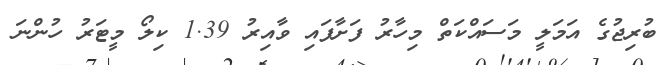
ބުރިޖުގެ އަމަލީ މަސައްކަތް މިހާރު ފަށާފައި ވާއިރު 1.39 ކިލޯ މީޓަރު ހުންނަ